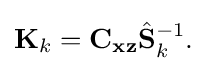
{\begin{aligned}\mathbf {K} _{k}=\mathbf {C_{xz}} {\hat {\mathbf {S} }}_{k}^{-1}.\end{aligned}}